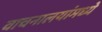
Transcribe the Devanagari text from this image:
वाचनालयांमध्ये